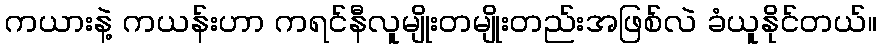
ကယားနဲ့ ကယန်းဟာ ကရင်နီလူမျိုးတမျိုးတည်းအဖြစ်လဲ ခံယူနိုင်တယ်။